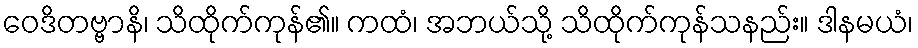
ဝေဒိတဗ္ဗာနိ၊ သိထိုက်ကုန်၏။ ကထံ၊ အဘယ်သို့ သိထိုက်ကုန်သနည်း။ ဒါနမယံ၊